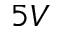
5 V